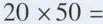
$$20 \times 5 0 =$$